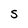
Character: S